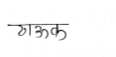
मजकूर: ठाऊक